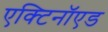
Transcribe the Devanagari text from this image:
एक्टिनॉएड